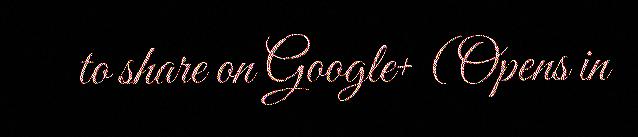
to share on Google+ (Opens in